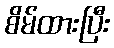
စိမ်ထားပြီး